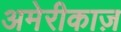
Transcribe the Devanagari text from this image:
अमेरीकाज़